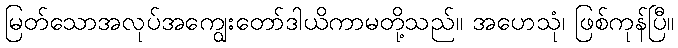
မြတ်သောအလုပ်အကျွေးတော်ဒါယိကာမတို့သည်။ အဟေသုံ၊ ဖြစ်ကုန်ပြီ။